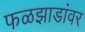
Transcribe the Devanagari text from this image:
फळझाडांवर